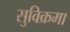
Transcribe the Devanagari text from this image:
सुविक्रमा